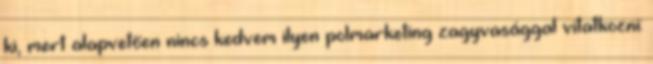
ki, mert alapvetően nincs kedvem ilyen polmarketing zagyvasággal vitatkozni: